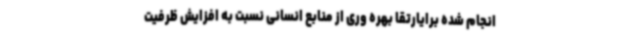
انجام شده برایارتقا بهره وری از منابع انسانی نسبت به افزایش ظرفیت